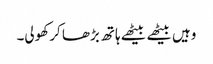
وہیں بیٹھے بیٹھے ہاتھ بڑھا کر کھولی۔